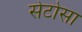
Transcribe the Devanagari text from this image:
सेटोसा